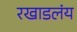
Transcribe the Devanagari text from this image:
रखाडलंय